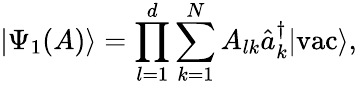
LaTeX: |\Psi_{1}(A)\rangle=\prod_{l=1}^{d}\sum_{k=1}^{N}A_{lk}\hat{a}_{k}^{\dagger}|\textrm{vac}\rangle,